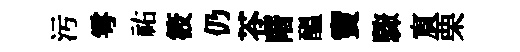
汚雩祐筱仍苍階醖竇驟賔栗